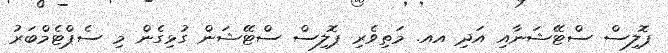
ޕޮލިސް ސްޓޭޝަނާއި އަދި އއ. މަތިވެރި ޕޮލިސް ސްޓޭޝަން ގުޅިގެން މި ސެޕްޓެމްބަރު